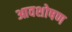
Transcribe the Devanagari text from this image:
आवशोषण